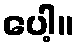
ပေါ့။